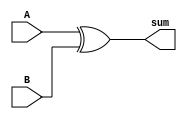
module generateSum (
    input [15:0] A,B,
    output [15:0] sum
);

assign sum = A ^ B;

endmodule